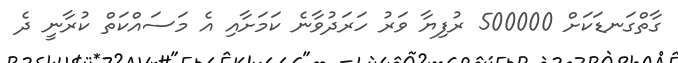
ގާތްގަނޑަކަށް 500000 ރުފިޔާ ވަރު ހަރަދުވާނެ ކަމަށާއި އެ މަސައްކަތް ކުރާނީ ދެ